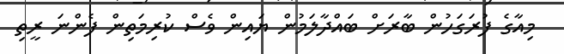
މިއާގެ ފުރަގަހުން ބާރަށް ބައްދާލަމުން ޔައިން ވެސް ކުރިމަތިން ފެންނަ ރީތި